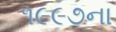
૧૯૯૭ના